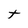
Character: t